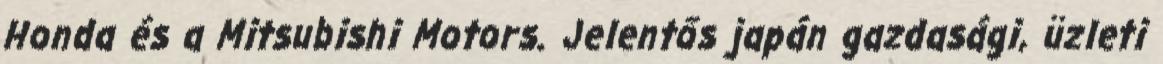
Honda és a Mitsubishi Motors. Jelentős japán gazdasági, üzleti